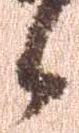
候